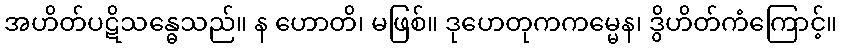
အဟိတ်ပဋိသန္ဓေသည်။ န ဟောတိ၊ မဖြစ်။ ဒုဟေတုကကမ္မေန၊ ဒွိဟိတ်ကံကြောင့်။